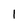
Character: 1